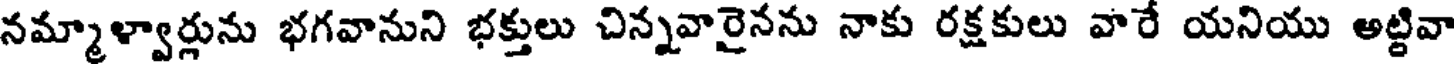
నమ్మాళ్వార్లును భగవానుని భక్తులు చిన్నవారైనను నాకు రక్షకులు వారే యనియు అట్టివా